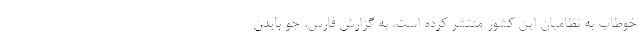
خوطاب به نظامیان این کشور منتشر کرده است. به گزارش فارس، جو بایدن